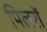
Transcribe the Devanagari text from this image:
पिलरों